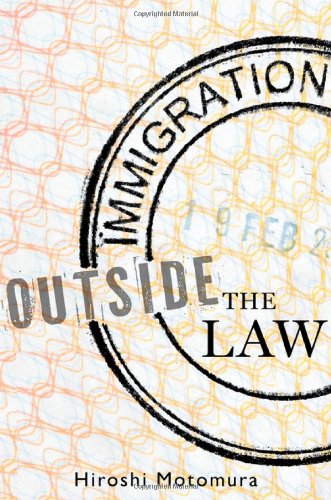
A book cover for Immigration Outside the Law; Hiroshi Motomura; Law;